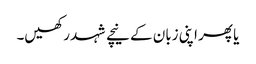
یا پھر اپنی زبان کے نیچے شہد رکھیں۔